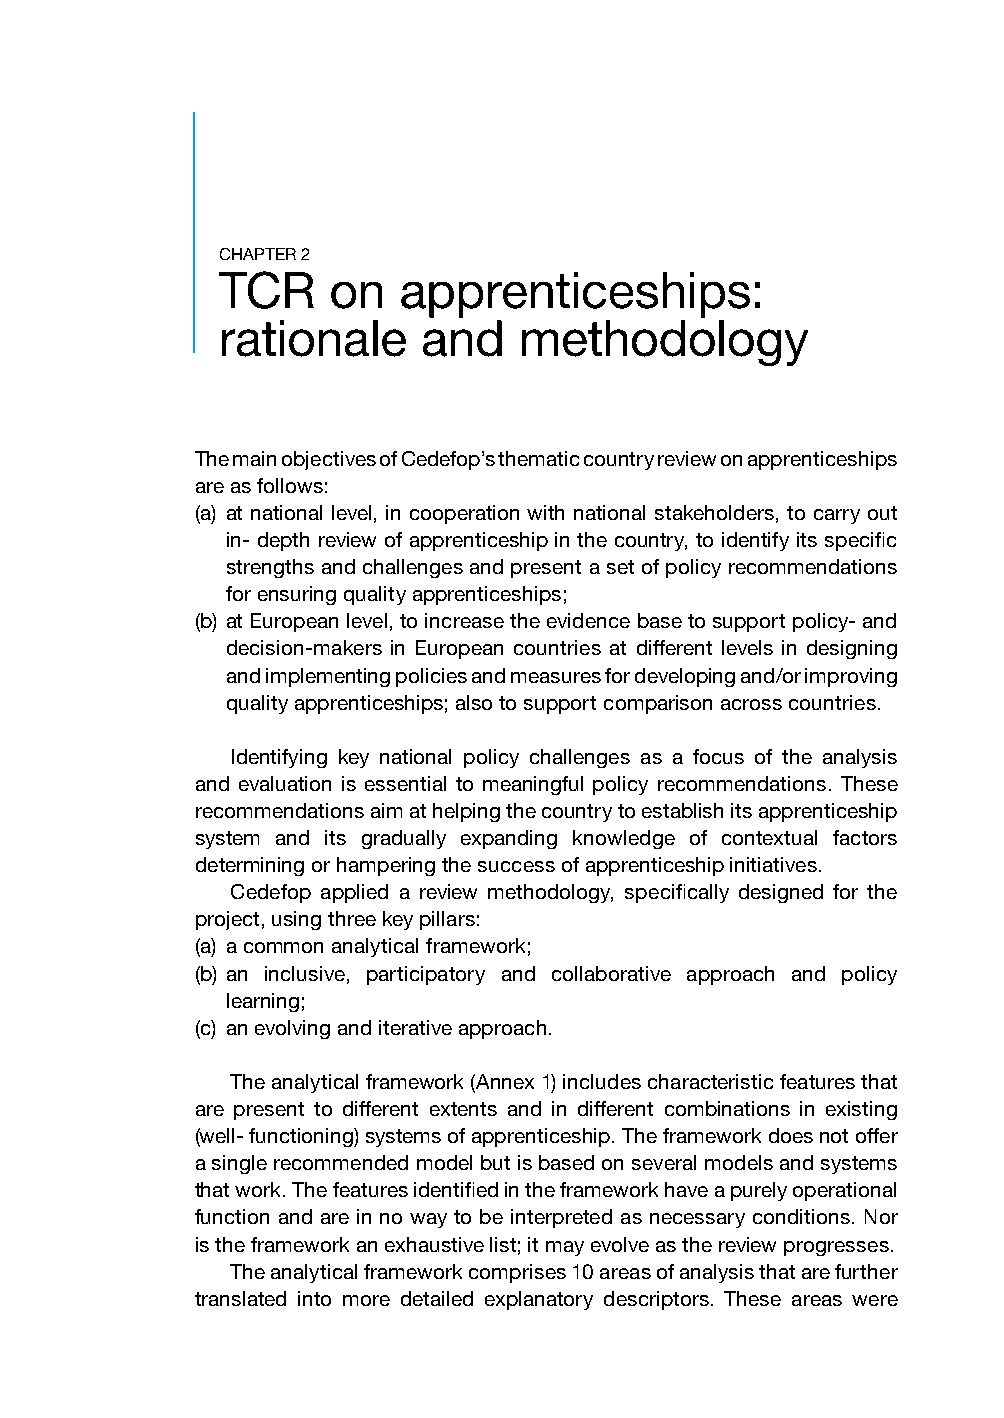
CHAPTER 2
 TCR     on  apprenticeships:
 rationale     and   methodology
 The main objectives of Cedefop’s thematic country review on apprenticeships
 are as follows:
 (a) at national level, in cooperation with national stakeholders, to carry out
 in- depth review of apprenticeship in the country, to identify its specific
 strengths and challenges and present a set of policy recommendations
 for ensuring quality apprenticeships;
 (b) at European level, to increase the evidence base to support policy- and
 decision-makers in European countries at different levels in designing
 and implementing policies and measures for developing and/or improving
 quality apprenticeships; also to support comparison across countries.
 Identifying key national policy challenges as a focus of the analysis
 and evaluation is essential to meaningful policy recommendations. These
 recommendations aim at helping the country to establish its apprenticeship
 system and its gradually expanding knowledge of contextual factors
 determining or hampering the success of apprenticeship initiatives.
 Cedefop applied a review methodology, specifically designed for the
 project, using three key pillars:
 (a) a common analytical framework;
 (b) an inclusive, participatory and collaborative approach and policy
 learning;
 (c) an evolving and iterative approach.
 The analytical framework (Annex 1) includes characteristic features that
 are present to different extents and in different combinations in existing
 (well- functioning) systems of apprenticeship. The framework does not offer
 a single recommended model but is based on several models and systems
 that work. The features identified in the framework have a purely operational
 function and are in no way to be interpreted as necessary conditions. Nor
 is the framework an exhaustive list; it may evolve as the review progresses.
 The analytical framework comprises 10 areas of analysis that are further
 translated into more detailed explanatory descriptors. These areas were